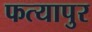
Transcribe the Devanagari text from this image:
फत्यापुर